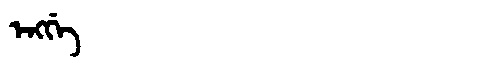
Manchu: ᡝᠩᡤᡝ
Romanization: ENGGE